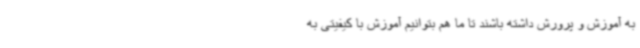
به آموزش و پرورش داشته باشند تا ما هم بتوانیم آموزش با کیفیتی به